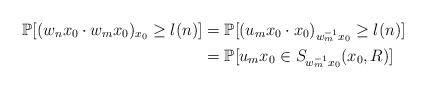
LaTeX: \begin{align*}\mathbb{P}[ (w_n x_0 \cdot w_m x_0)_{x_0} \ge l(n) ] & = \mathbb{P}[ (u_m x_0 \cdot x_0)_{w_m^{-1} x_0} \ge l(n) ] \\& = \mathbb{P}[u_m x_0 \in S_{w_m^{-1} x_0}(x_0,R) ] \end{align*}